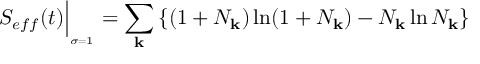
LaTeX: S _ { e f f } ( t ) \Big \vert _ { _ { \sigma = 1 } } = \sum _ { \bf k } \left\{ ( 1 + { \cal N } _ { \bf k } ) \ln ( 1 + { \cal N } _ { \bf k } ) - { \cal N } _ { \bf k } \ln { \cal N } _ { \bf k } \right\}